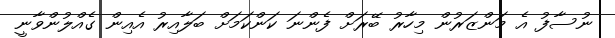
ނުސާފު އެ މަންޒަރުން މިހާރު ބޭރަށް ފެންނަ ކަންކަމަށް ބަލާއިރު އެއިން ގެއްލުންވާނީ